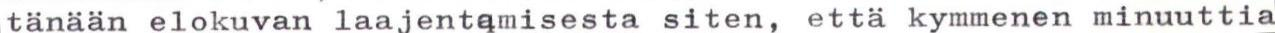
tänään elokuvan laajentamisesta siten, että kymmenen minuuttia